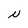
Character: N